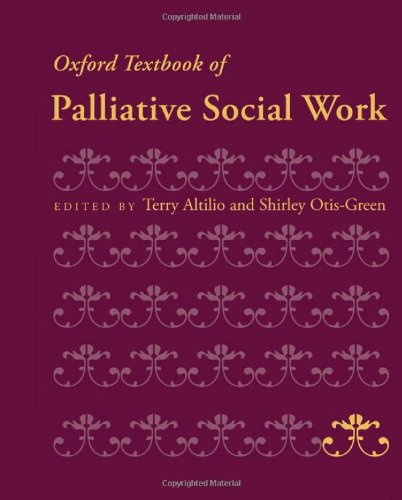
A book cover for Oxford Textbook of Palliative Social Work (Oxford Textbooks in Palliative Medicine); Self-Help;